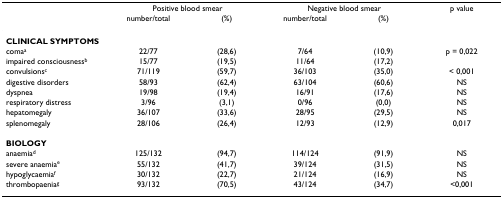
<table><thead><tr><td></td><td colspan="2"><b>Positive blood smear</b></td><td colspan="2"><b>Negative blood smear</b></td><td><b>p value</b></td></tr><tr><td></td><td><b>number/total</b></td><td><b>(%)</b></td><td><b>number/total</b></td><td><b>(%)</b></td><td></td></tr></thead><tbody><tr><td><b>CLINICAL SYMPTOMS</b></td><td></td><td></td><td></td><td></td><td></td></tr><tr><td>coma<sup>a</sup></td><td>22/77</td><td>(28,6)</td><td>7/64</td><td>(10,9)</td><td>p = 0,022</td></tr><tr><td>impaired consciousness<sup>b</sup></td><td>15/77</td><td>(19,5)</td><td>11/64</td><td>(17,2)</td><td></td></tr><tr><td>convulsions<sup>c</sup></td><td>71/119</td><td>(59,7)</td><td>36/103</td><td>(35,0)</td><td>&lt; 0,001</td></tr><tr><td>digestive disorders</td><td>58/93</td><td>(62,4)</td><td>63/104</td><td>(60,6)</td><td>NS</td></tr><tr><td>dyspnea</td><td>19/98</td><td>(19,4)</td><td>16/91</td><td>(17,6)</td><td>NS</td></tr><tr><td>respiratory distress</td><td>3/96</td><td>(3,1)</td><td>0/96</td><td>(0,0)</td><td>NS</td></tr><tr><td>hepatomegaly</td><td>36/107</td><td>(33,6)</td><td>28/95</td><td>(29,5)</td><td>NS</td></tr><tr><td>splenomegaly</td><td>28/106</td><td>(26,4)</td><td>12/93</td><td>(12,9)</td><td>0,017</td></tr><tr><td><b>BIOLOGY</b></td><td></td><td></td><td></td><td></td><td></td></tr><tr><td>anaemia<sup>d</sup></td><td>125/132</td><td>(94,7)</td><td>114/124</td><td>(91,9)</td><td>NS</td></tr><tr><td>severe anaemia<sup>e</sup></td><td>55/132</td><td>(41,7)</td><td>39/124</td><td>(31,5)</td><td>NS</td></tr><tr><td>hypoglycaemia<sup>f</sup></td><td>30/132</td><td>(22,7)</td><td>21/124</td><td>(16,9)</td><td>NS</td></tr><tr><td>thrombopaenia<sup>g</sup></td><td>93/132</td><td>(70,5)</td><td>43/124</td><td>(34,7)</td><td>&lt;0,001</td></tr></tbody></table>